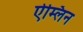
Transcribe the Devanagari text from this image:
ऐम्लिन